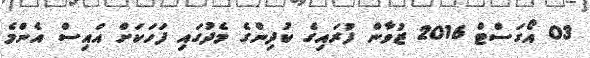
03 އޯގަސްޓް 2016 ޒުވާން ފުރައިގެ ކުދިންގެ މެދުގައި ފަހަކަށް އައިސް އެންމެ